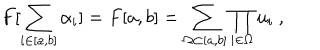
LaTeX: F [ \sum _ { i \in [ a , b ] } \alpha _ { i } ] = F [ a , b ] = \sum _ { \Omega \subset [ a , b ] } \prod _ { i \in \Omega } u _ { i } \ ,